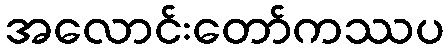
အလောင်းတော်ကဿပ